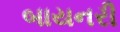
બાયનરી